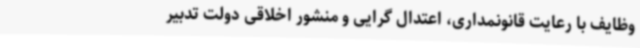
وظایف با رعایت قانونمداری، اعتدال گرایی و منشور اخلاقی دولت تدبیر